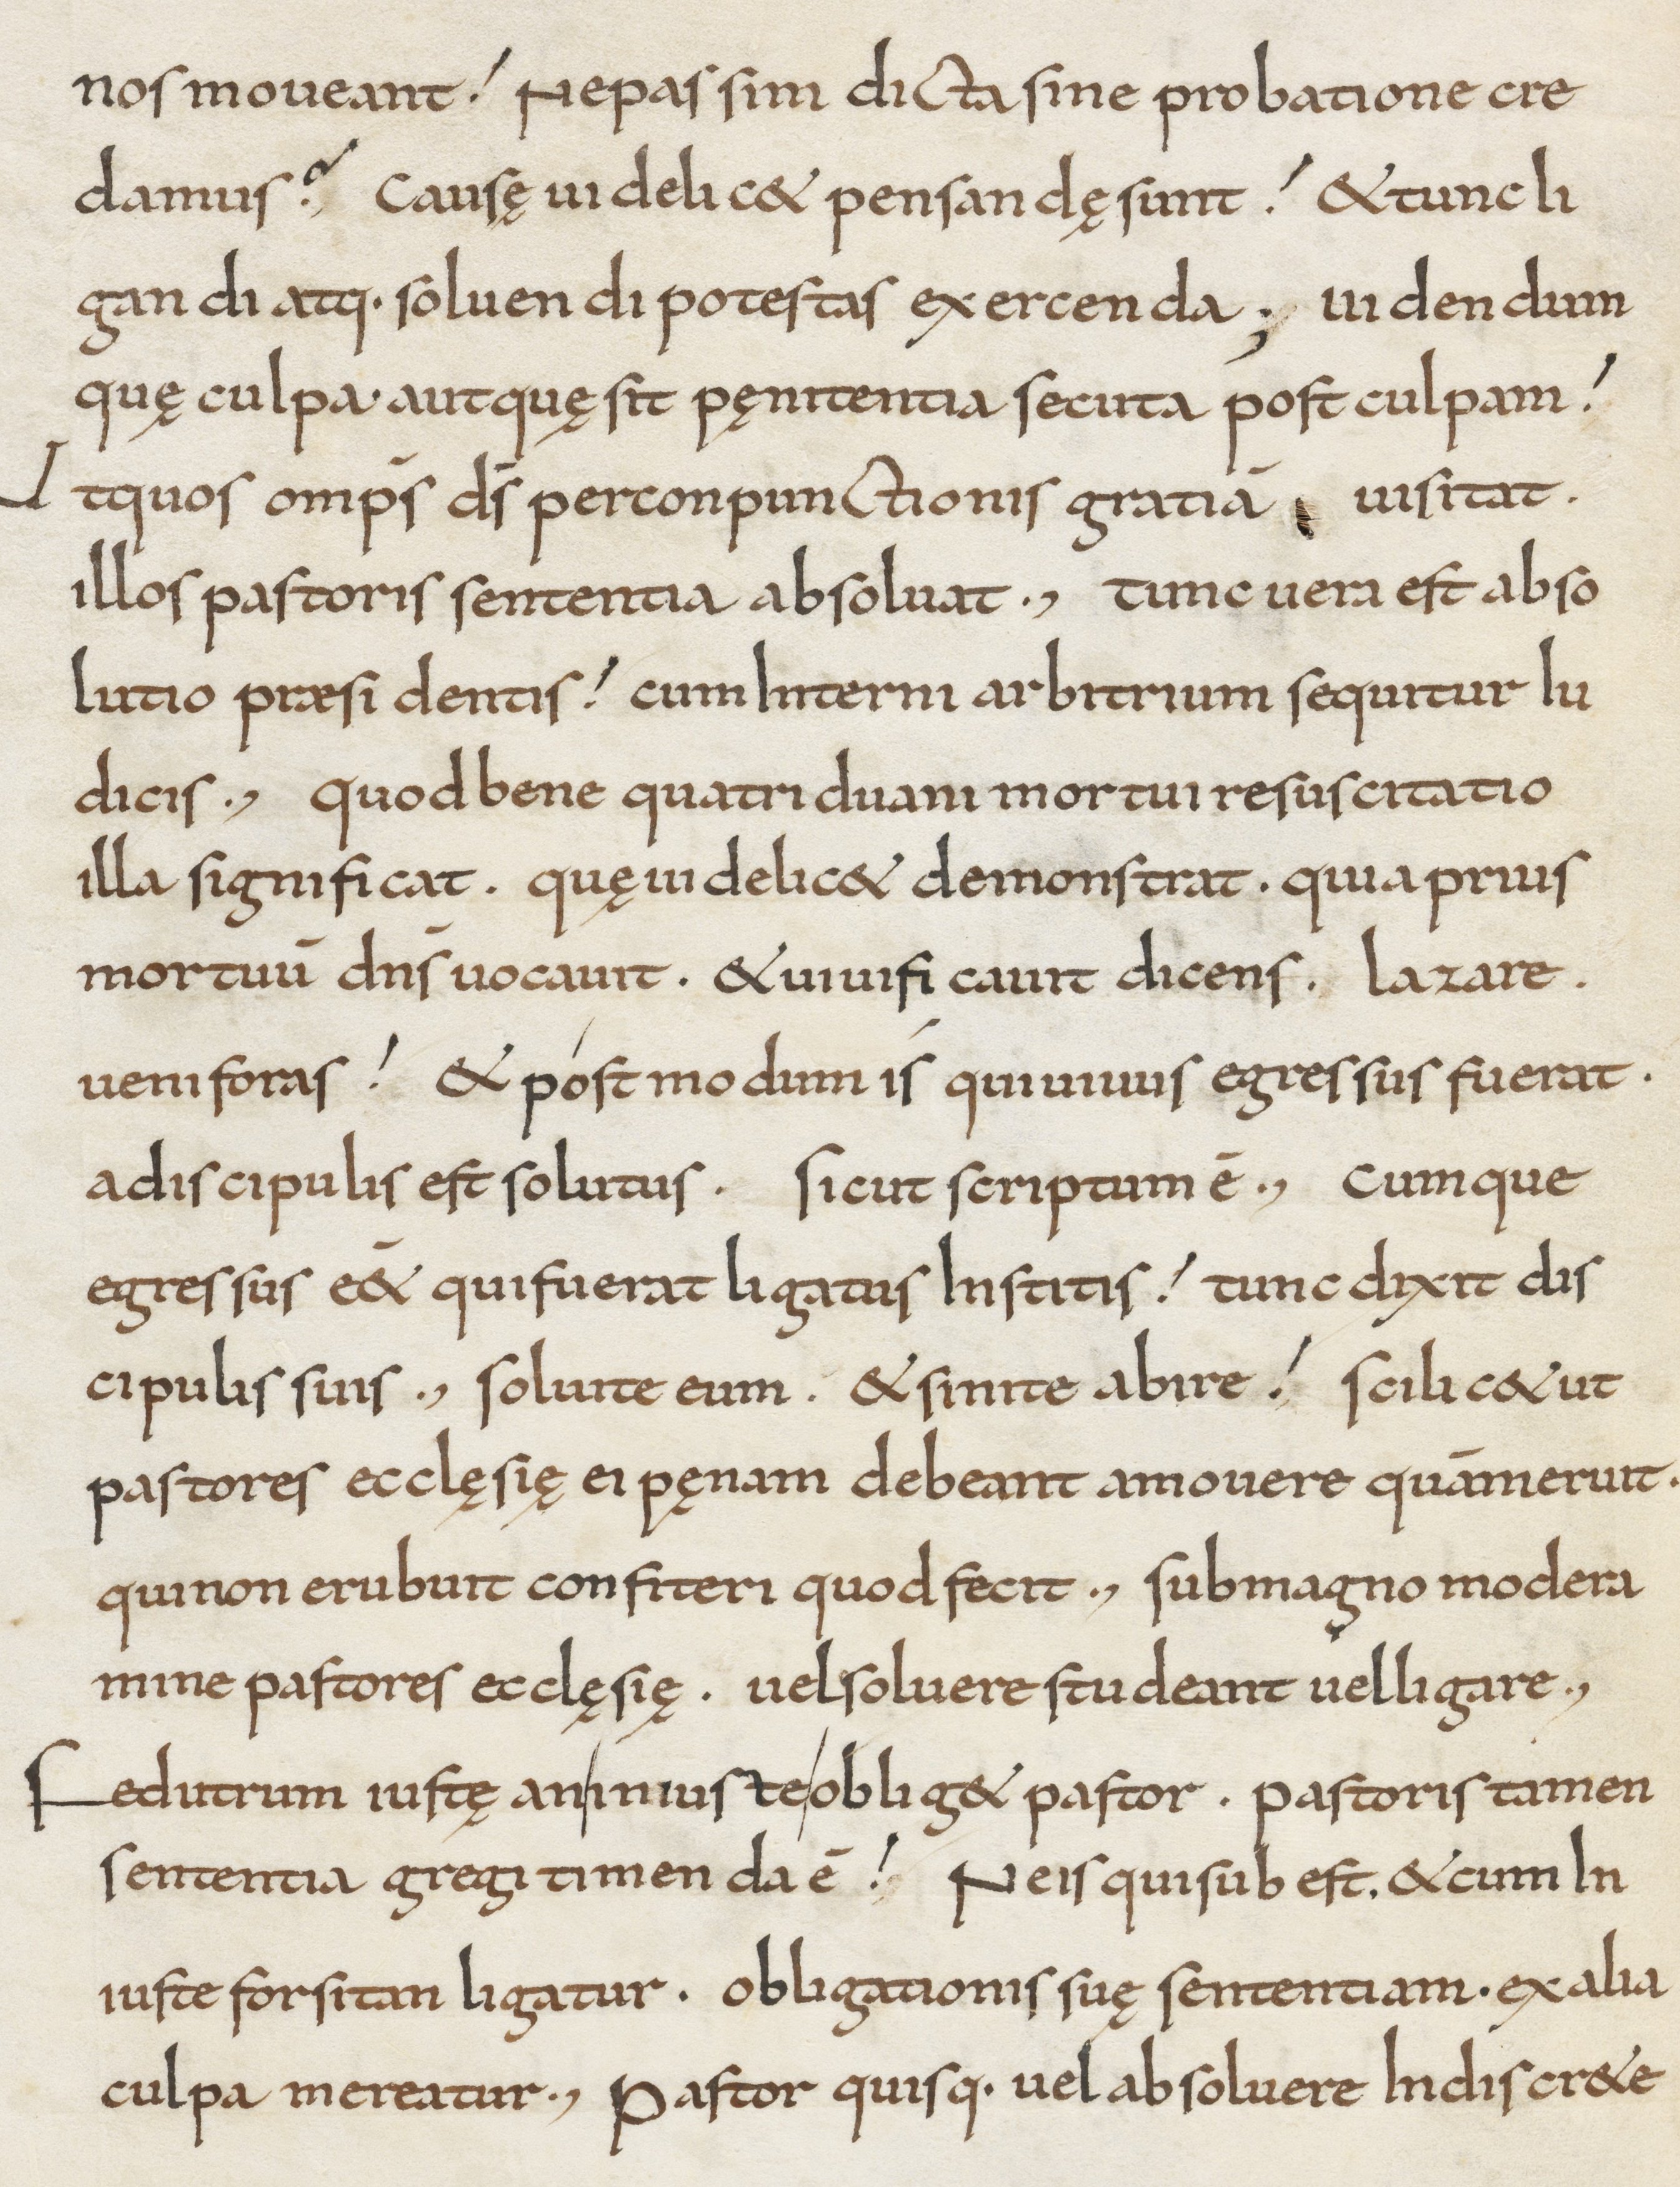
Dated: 800–849